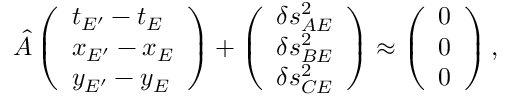
\hat { A } \left( \begin{array} { l } { t _ { E ^ { \prime } } - t _ { E } } \\ { x _ { E ^ { \prime } } - x _ { E } } \\ { y _ { E ^ { \prime } } - y _ { E } } \end{array} \right) + \left( \begin{array} { l } { \delta s _ { A E } ^ { 2 } } \\ { \delta s _ { B E } ^ { 2 } } \\ { \delta s _ { C E } ^ { 2 } } \end{array} \right) \approx \left( \begin{array} { l } { 0 } \\ { 0 } \\ { 0 } \end{array} \right) ,